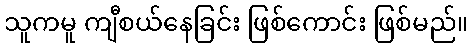
သူကမူ ကျီစယ်နေခြင်း ဖြစ်ကောင်း ဖြစ်မည်။